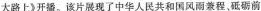
大路上》开播。该片展现了中华人民共和国风雨程，砥砺前